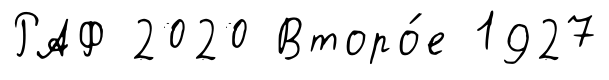
РАФ 2020 Второ́е 1927